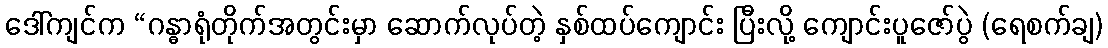
ဒေါ်ကျင်က “ဂန္ဓာရုံတိုက်အတွင်းမှာ ဆောက်လုပ်တဲ့ နှစ်ထပ်ကျောင်း ပြီးလို့ ကျောင်းပူဇော်ပွဲ (ရေစက်ချ)